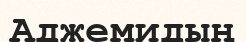
Аджемидың